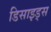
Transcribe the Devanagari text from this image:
डिसाइड्स